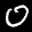
Label: 0